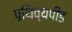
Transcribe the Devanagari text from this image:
पृथिव्यपीड